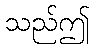
သည်ဤ